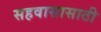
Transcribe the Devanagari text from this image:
सहवासासाठी